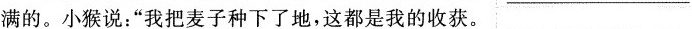
满的。小猴说：“我把麦子种下了地，这都是我的收获。 ___